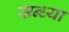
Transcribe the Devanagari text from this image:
सन्‍ध्‍या